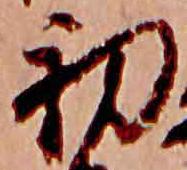
初